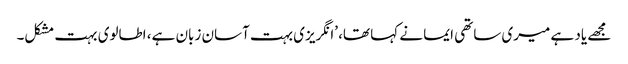
مجھے یاد ہے میری ساتھی ایما نے کہا تھا، ’انگریزی بہت آسان زبان ہے، اطالوی بہت مشکل۔